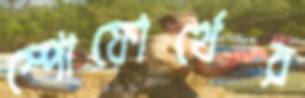
স্পোফোর্থের